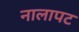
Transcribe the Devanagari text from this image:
नालापट